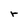
Character: r